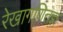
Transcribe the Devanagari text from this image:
रेखागणितज्ञ